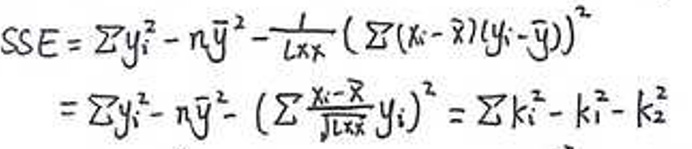
\[
\begin{align*}
SSE&=\sum y_{i}^{2}-n\bar{y}^{2}-\frac{1}{l_{xx}}(\sum (x_{i}-\bar{x})(y_{i}-\bar{y}))^{2}\\
&=\sum y_{i}^{2}-n\bar{y}^{2}-(\sum \frac{x_{i}-\bar{x}}{\sqrt{l_{xx}}}y_{i})^{2}=\sum k_{i}^{2}-k_{1}^{2}-k_{2}^{2}
\end{align*}
\]